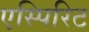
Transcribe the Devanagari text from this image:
एस्पिरिट